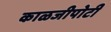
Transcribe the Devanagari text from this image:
काळजीपोटी